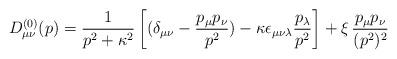
LaTeX: \begin{align*}D_{\mu\nu}^{(0)} (p) = \frac{1}{p^{2}+\kappa^{2}} \left[(\delta_{\mu\nu} -\frac{p_{\mu}p_{\nu}}{p^{2}}) - \kappa \epsilon_{\mu\nu\lambda}\frac{p_{\lambda}}{p^{2}}\right] +\xi\,\frac{p_{\mu}p_{\nu}}{(p^{2})^{2}}\end{align*}